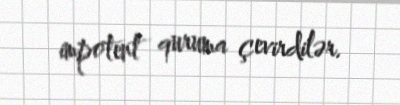
impotent quruma çevirdilər.